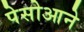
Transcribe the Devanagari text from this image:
पेसोआने